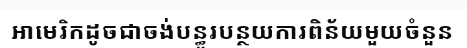
អាមេរិកដូចជាចង់បន្ធូរបន្ថយការពិន័យមួយចំនួន